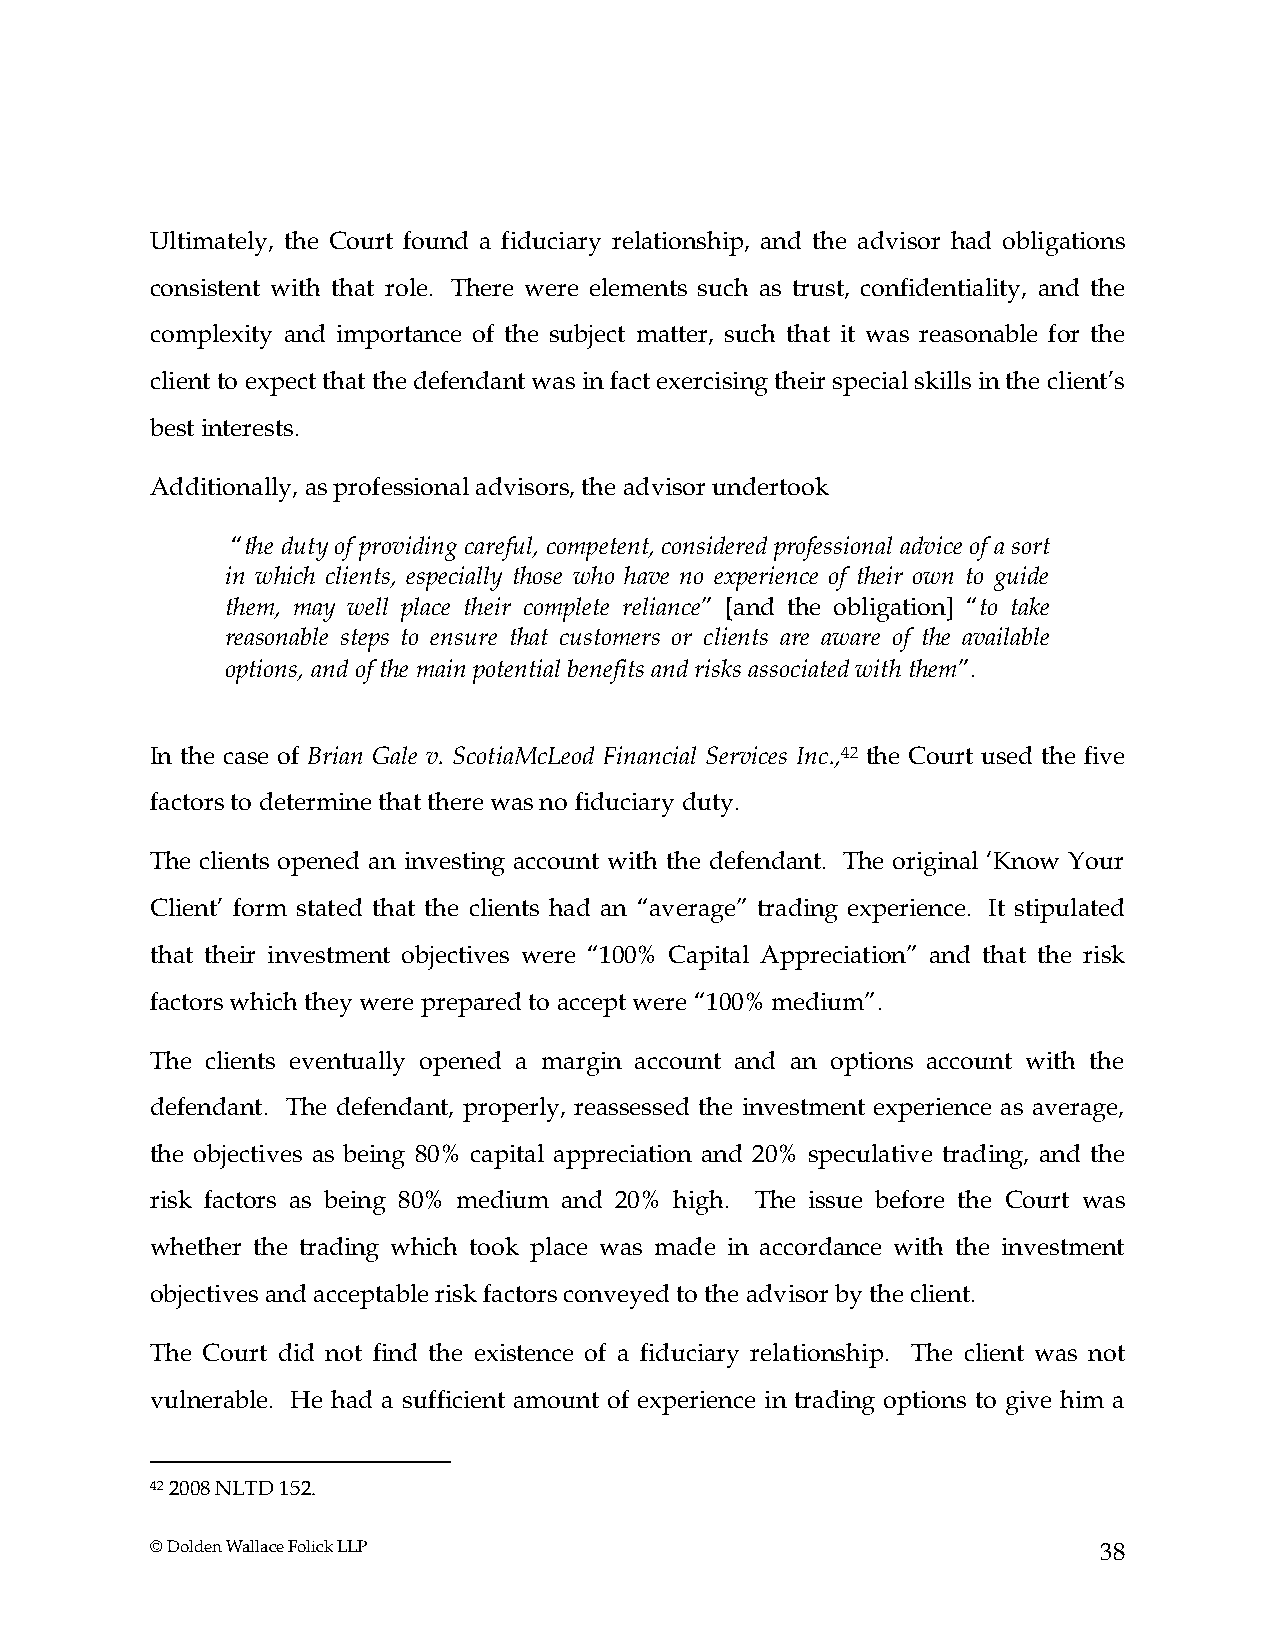
Ultimately, the Court found a fiduciary relationship, and the advisor had obligations
 consistent with that role. There were elements such as trust, confidentiality, and the
 complexity and importance of the subject matter, such that it was reasonable for the
 client to expect that the defendant was in fact exercising their special skills in the client’s
 best interests.
 Additionally, as professional advisors, the advisor undertook
 “the duty of providing careful, competent, considered professional advice of a sort
 in which clients, especially those who have no experience of their own to guide
 them, may well place their complete reliance” [and the obligation] “to take
 reasonable steps to ensure that customers or clients are aware of the available
 options, and of the main potential benefits and risks associated with them”.
 In the case of Brian Gale v. ScotiaMcLeod Financial Services Inc.,42 the Court used the five
 factors to determine that there was no fiduciary duty.
 The clients opened an investing account with the defendant. The original ‘Know Your
 Client’ form stated that the clients had an “average” trading experience. It stipulated
 that their investment objectives were “100% Capital Appreciation” and that the risk
 factors which they were prepared to accept were “100% medium”.
 The clients eventually opened a margin account and an options account with the
 defendant. The defendant, properly, reassessed the investment experience as average,
 the objectives as being 80% capital appreciation and 20% speculative trading, and the
 risk factors as being 80% medium and 20% high. The issue before the Court was
 whether the trading which took place was made in accordance with the investment
 objectives and acceptable risk factors conveyed to the advisor by the client.
 The Court did not find the existence of a fiduciary relationship. The client was not
 vulnerable. He had a sufficient amount of experience in trading options to give him a
 42 2008 NLTD 152.
 © Dolden Wallace Folick LLP                                    38